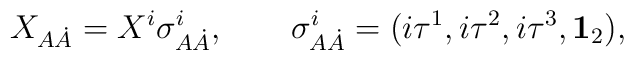
X_{A \dot{A}}=X^i\sigma^i_{A\dot{A}},\qquad \sigma^i_{A\dot{A}}=(i\tau^1,i\tau^2,i\tau^3,{\bf 1}_2),\\